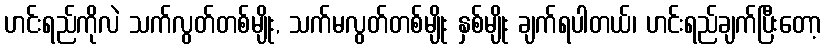
ဟင်းရည်ကိုလဲ သက်လွတ်တစ်မျိုး, သက်မလွတ်တစ်မျိုး နှစ်မျိုး ချက်ရပါတယ်၊ ဟင်းရည်ချက်ပြီးတော့